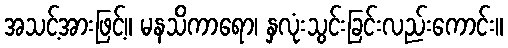
အသင့်အားဖြင့်။ မနသိကာရော၊ နှလုံးသွင်းခြင်းလည်းကောင်း။